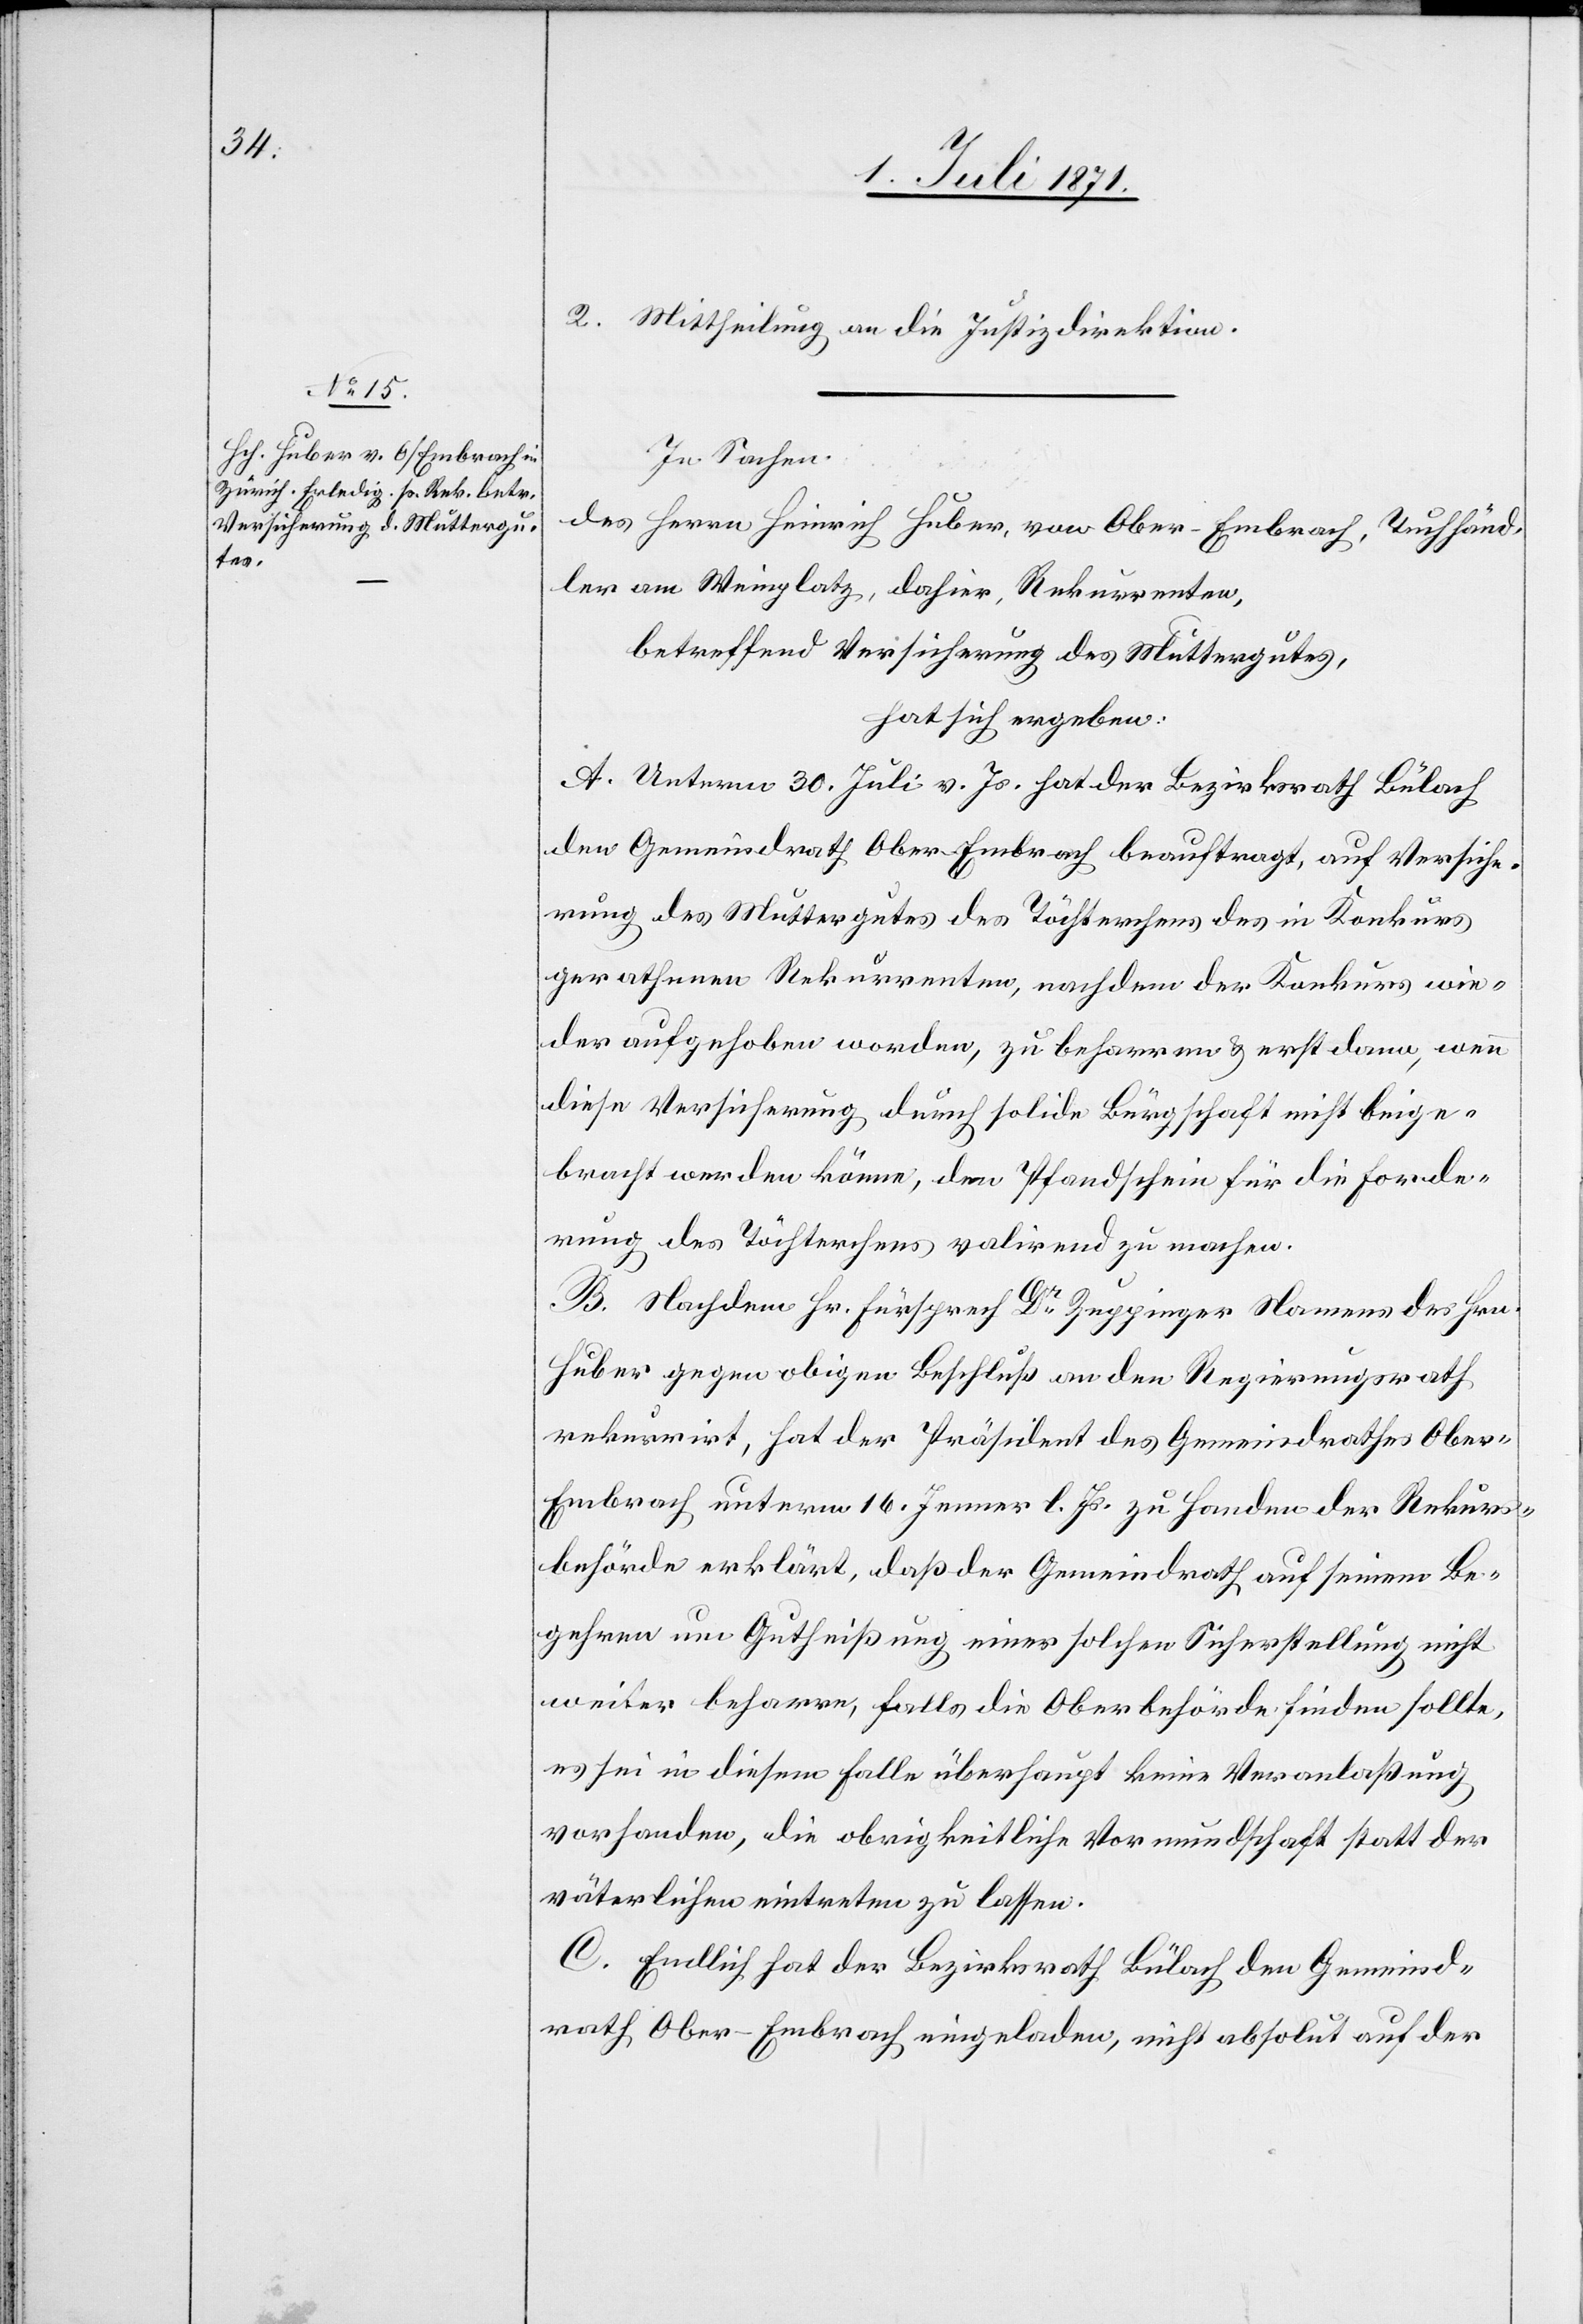
2. Mittheilung an die Justizdirektion.
In Sachen
des Herrn Heinrich Huber, von Ober-Embrach, Tuchhänd¬
ler am Weinplatz, dahier, Rekurrenten,
betreffend Versicherung des Muttergutes,
hat sich ergeben:
A. Unterm 30. Juli v. Js. hat der Bezirksrath Bülach
den Gemeindrath Ober-Embrach beauftragt, auf Versiche¬
rung des Muttergutes des Töchterchens des in Konkurs
gerathenen Rekurrenten, nachdem der Konkurs wie¬
der aufgehoben worden, zu beharren u. erst dann, wenn
diese Versicherung durch solide Bürgschaft nicht beige¬
bracht werden könne, den Pfandschein für die Forde¬
rung des Töchterchens valirend zu machen.
B. Nachdem Hr. Fürsprech Dr. Zuppinger Namens des Hrn.
Huber gegen obigen Beschluß an den Regierungsrath
rekurrirt, hat der Präsident des Gemeindrathes Obe¬
r-Embrach unterm 16. Jenner l. Js. zu Handen der Rekurs¬
behörde erklärt, daß der Gemeindrath auf seinem Be¬
gehren um Gutheißung einer solchen Sicherstellung nicht
weiter beharre, falls die Oberbehörde finden sollte,
es sei in diesem Falle überhaupt keine Veranlaßung
vorhanden, die obrigkeitliche Vormundschaft statt der
väterlichen eintreten zu lassen.
C. Endlich hat der Bezirksrath Bülach den Gemeind¬
rath Ober-Embrach eingeladen, nicht absolut auf der